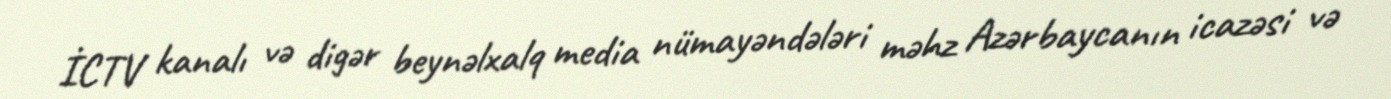
İCTV kanalı və digər beynəlxalq media nümayəndələri məhz Azərbaycanın icazəsi və